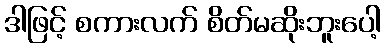
ဒါဖြင့် စကားလက် စိတ်မဆိုးဘူးပေါ့